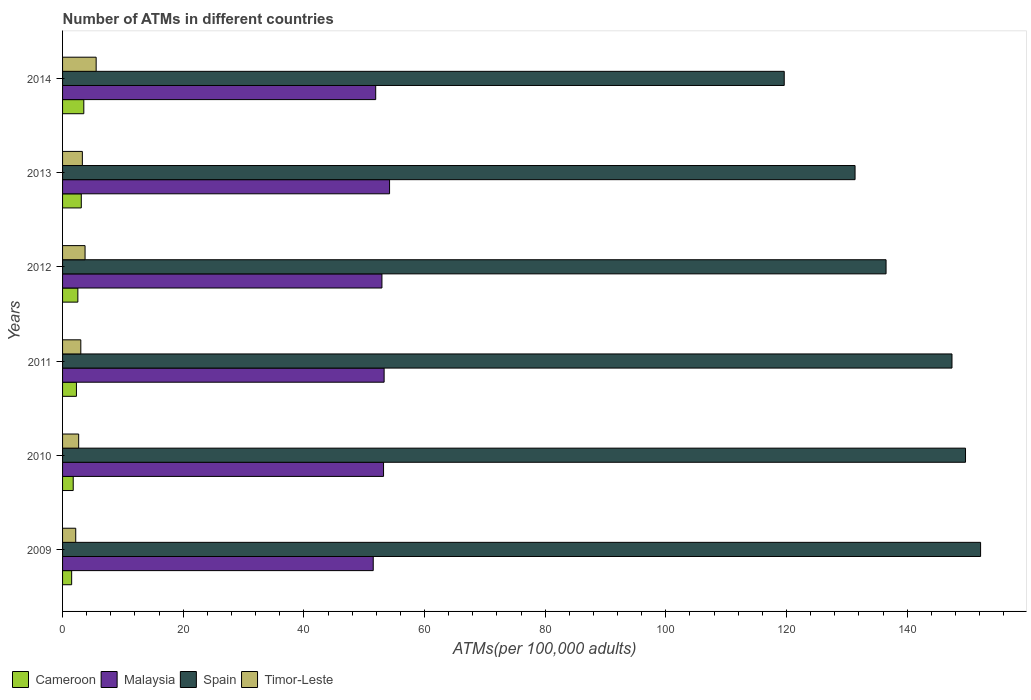
| Years | Cameroon | Malaysia | Spain | Timor-Leste |
 | --- | --- | --- | --- | --- |
 | 2009 | 1.51 | 51.5 | 152 | 2.18 |
 | 2010 | 1.77 | 53.2 | 150 | 2.67 |
 | 2011 | 2.3 | 53.3 | 147 | 3.02 |
 | 2012 | 2.53 | 52.9 | 137 | 3.73 |
 | 2013 | 3.1 | 54.2 | 131 | 3.28 |
 | 2014 | 3.52 | 51.9 | 120 | 5.57 |